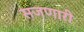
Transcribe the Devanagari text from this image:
सजणारी